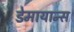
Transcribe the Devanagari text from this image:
डेमायान्स